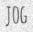
JOG